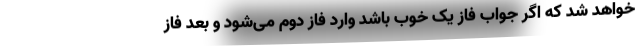
خواهد شد که اگر جواب فاز یک خوب باشد وارد فاز دوم می‌شود و بعد فاز